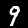
Label: 9